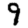
Digit: 9